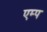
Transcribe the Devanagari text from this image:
एम्प